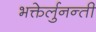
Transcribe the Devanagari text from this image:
भक्तेर्लुनन्ती